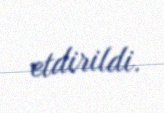
etdirildi.